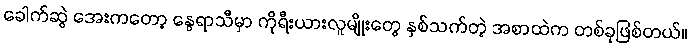
ခေါက်ဆွဲ အေးကတော့ နွေရာသီမှာ ကိုရီးယားလူမျိုးတွေ နှစ်သက်တဲ့ အစာထဲက တစ်ခုဖြစ်တယ်။